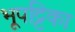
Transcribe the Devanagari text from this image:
भूपट्टिका